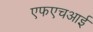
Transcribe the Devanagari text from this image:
एफएचआई